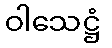
ဝါသေဋ္ဌံ